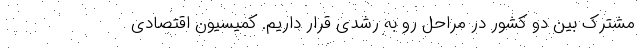
مشترک بین دو کشور در مراحل رو به رشدی قرار داریم. کمیسیون اقتصادی